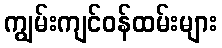
ကျွမ်းကျင်ဝန်ထမ်းများ